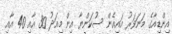
އިންޑިއާގެ މަނަވަރު އައިއެން ސުކަންޔާ އިން މިއަދު 30 އާއި 40 އާއި